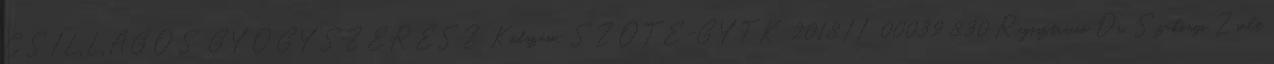
CSILLAGOS GYÓGYSZERÉSZ” Kódszám: SZOTE-GYTK 2018.II 00039 8.30 Regisztráció Dr. Szakonyi Zsolt